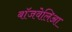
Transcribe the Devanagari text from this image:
बॉजवेलिआ